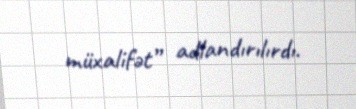
müxalifət” adlandırılırdı.